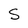
Character: S